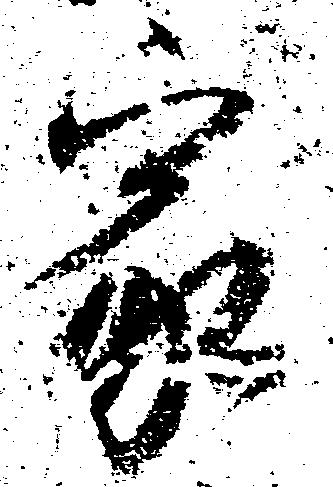
家